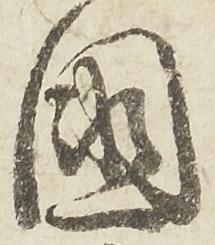
国